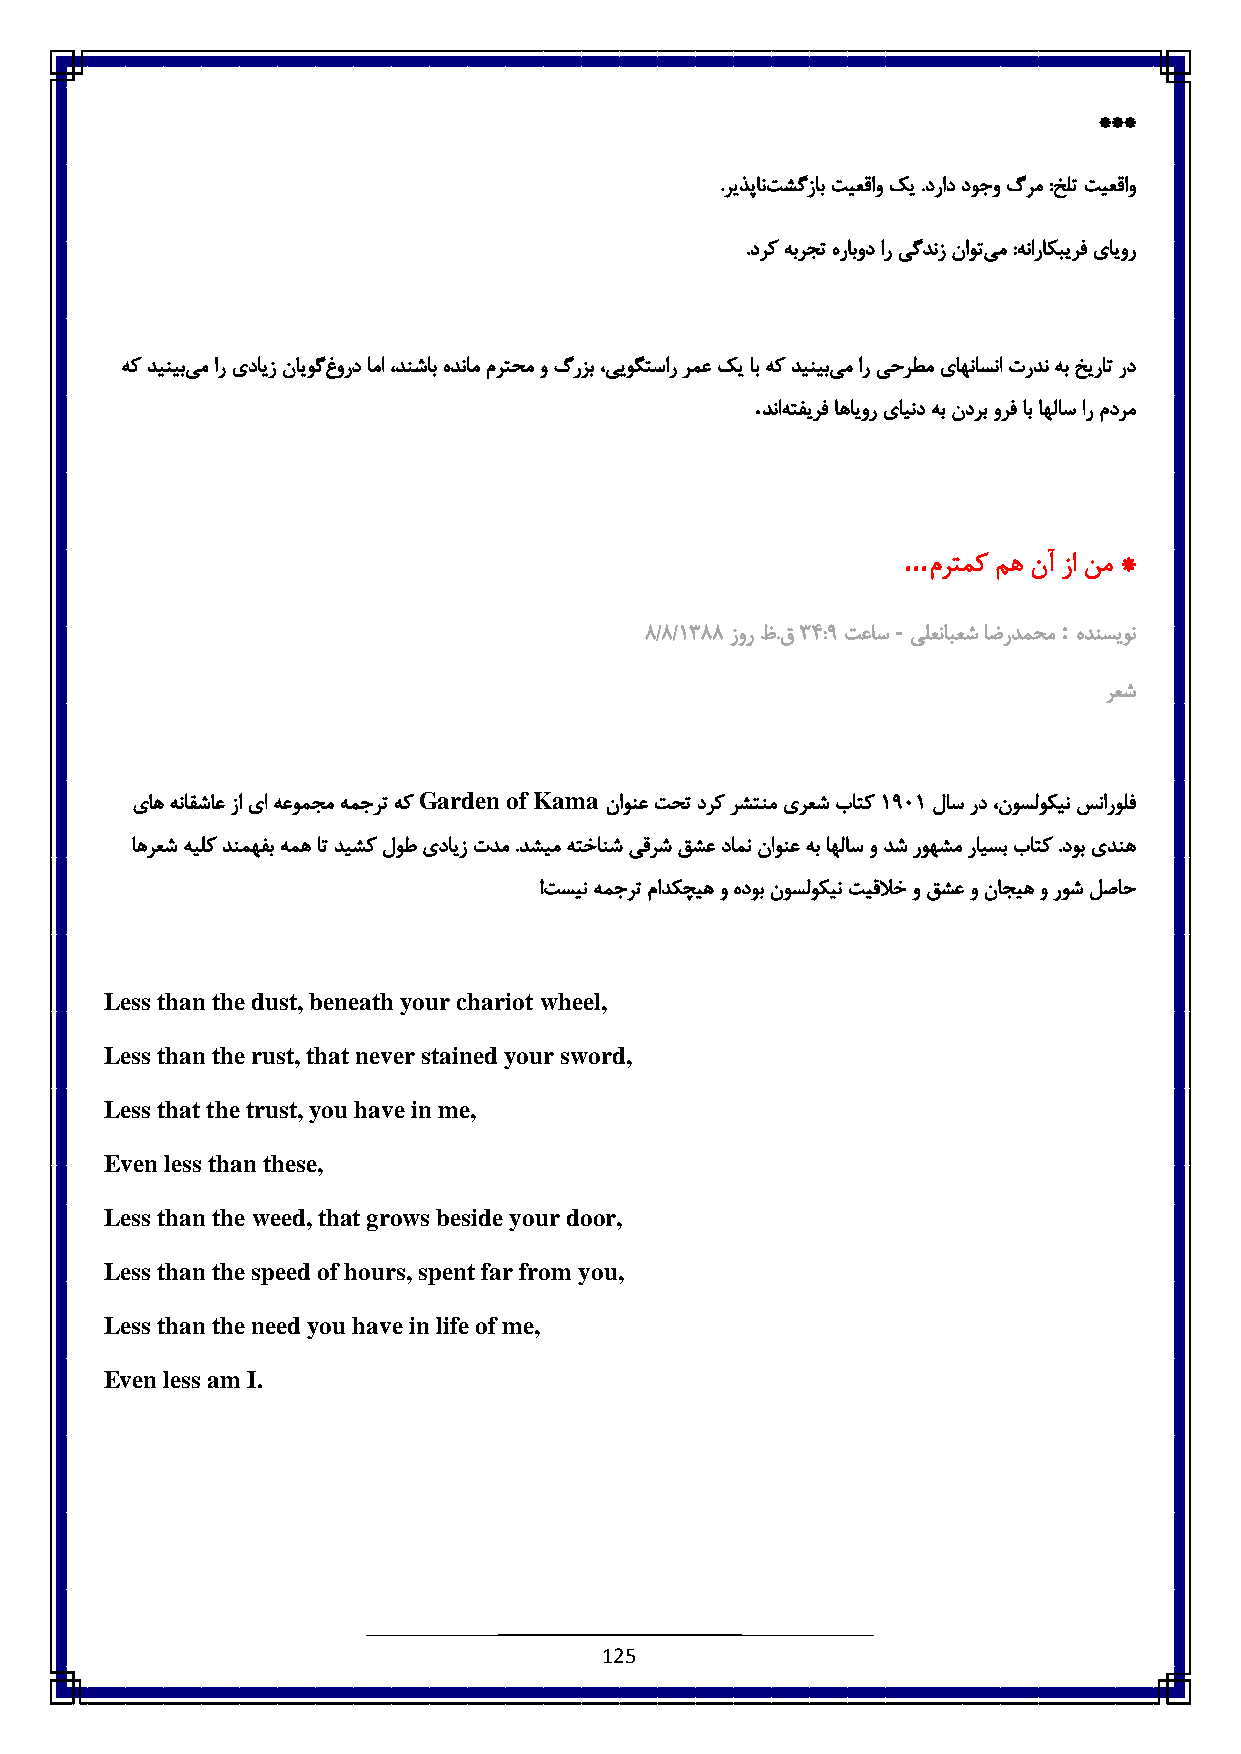
***
 .ریذپانت شگزاب تیعقاو کی .دراد دوجو گرم:خلت تیعقاو
 .درک هبرجت هرابود ار یگدنز ناوتی م:هناراکبیرف یایور
 هک دینیبی م ار یدایز نایوگغ ورد اما ،دنشاب هدنام مرتحم و گرزب ،ییوگتسار رمع کی اب هک دینیبی م ار یحرطم یاهناسنا تردن هب خیرات رد
 .
 دناه تفیرف اهایور یایند هب ندرب ورف اب اهلاس ار مدرم
 ...
 مرتمک مه نآ زا نم *
 -          :
 3/3/6833 زور ظ.ق8 ٠:3 تعاس یلعنابعش اضردمحم هدنسیون
 رعش
 Garden of Kama
 یاه هناقشاع زا یا هعومجم همجرت هک ناونع تحت درک رشتنم یرعش باتک 63٥6 لاس رد ،نوسلوکین سنارولف
 اهرعش هیلک دنمهفب همه ات دیشک لوط یدایز تدم .دشیم هتخانش یقرش قشع دامن ناونع هب اهلاس و دش روهشم رایسب باتک .دوب یدنه
 !تسین همجرت مادکچیه و هدوب نوسلوکین تیقلاخ و قشع و ناجیه و روش لصاح
 Less than the dust, beneath your chariot wheel,
 Less than the rust, that never stained your sword,
 Less that the trust, you have in me,
 Even less than these,
 Less than the weed, that grows beside your door,
 Less than the speed of hours, spent far from you,
 Less than the need you have in life of me,
 Even less am I.
 125